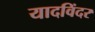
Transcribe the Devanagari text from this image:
यादविंदर